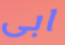
ابى